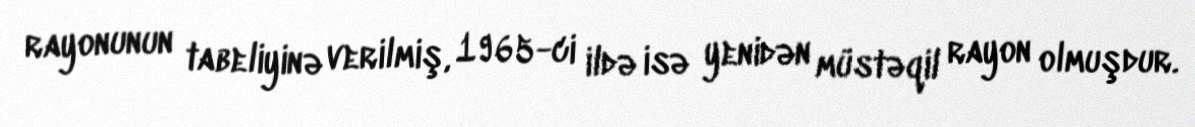
rayonunun tabeliyinə verilmiş, 1965-ci ildə isə yenidən müstəqil rayon olmuşdur.